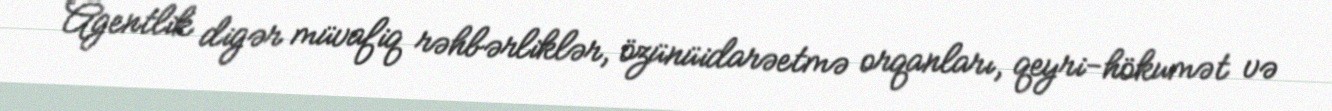
Agentlik digər müvafiq rəhbərliklər, özünüidarəetmə orqanları, qeyri-hökumət və